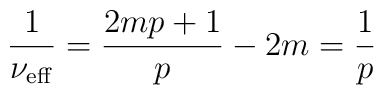
\frac{1}{\nu_{\rm{eff}}}=\frac{2mp+1}{p} - 2m=\frac{1}{p}